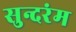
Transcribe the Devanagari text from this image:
सुन्दरंम